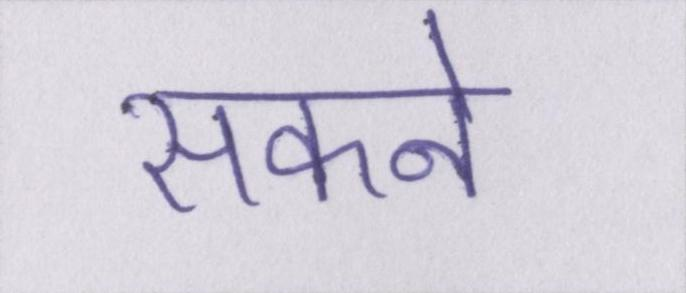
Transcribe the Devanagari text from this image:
सकने